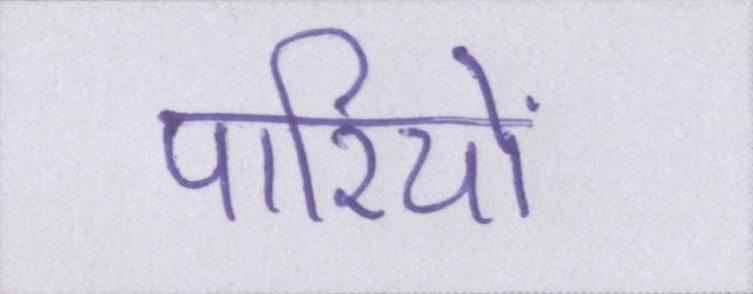
पारियों